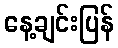
နေ့ချင်းပြန်